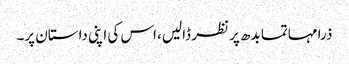
ذرا مہاتما بدھ پر نظر ڈالیں، اس کی اپنی داستان پر۔